Document type: Grant
Year: 1301
Scribe: Berenguer de Terrassa
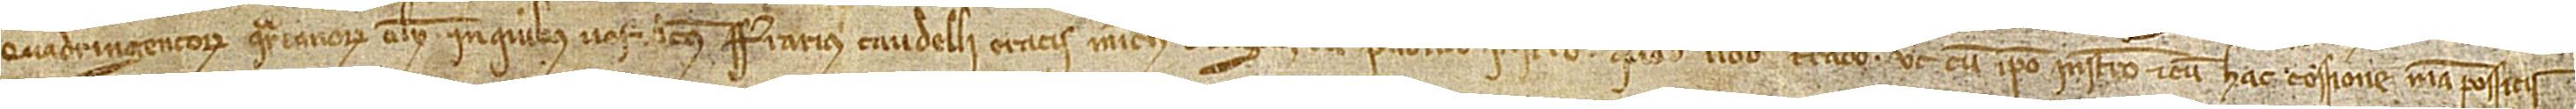
quadringentorum quartanorum oley in quibus vos dictus Alegretus  Taudelli eratis michi obligati cum publico instrumento quod vobis trado, ut cum ipso instrumento et cum hac cessione mea possitis